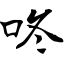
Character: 咚